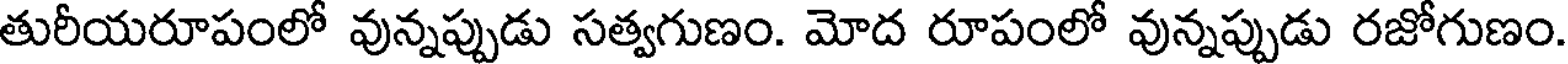
తురీయరూపంలో వున్నప్పుడు సత్వగుణం. మోద రూపంలో వున్నప్పుడు రజోగుణం.